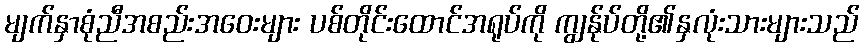
မျက်နှာစုံညီအစည်းအဝေးများ ပစ်တိုင်းထောင်အရုပ်ကို ကျွန်ုပ်တို့၏နှလုံးသားများသည်